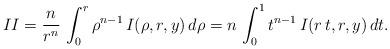
LaTeX: \begin{align*}II&=\dfrac{n}{r^n}\,\int_0^r \rho^{n-1}\,I(\rho,r,y)\,d\rho=n\,\int_0^1t^{n-1}\,I(r\,t,r,y)\,dt.\end{align*}